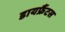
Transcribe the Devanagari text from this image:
डायफ्रैंटस